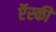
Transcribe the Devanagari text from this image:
ऍस्की